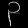
Digit: ၃